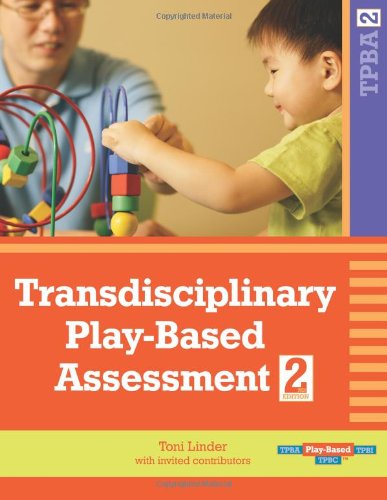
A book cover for Transdisciplinary Play-Based Assessment, Second Edition (TPBA2); Toni Linder Ed.D.; Health, Fitness & Dieting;